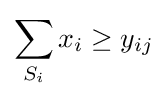
\sum _{S_{i}}x_{i}\geq y_{ij}